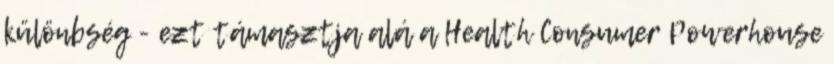
különbség - ezt támasztja alá a Health Consumer Powerhouse